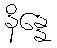
နိန္နေ